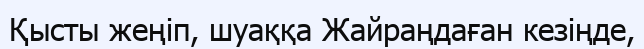
Қысты жеңіп, шуаққа Жайраңдаған кезіңде,